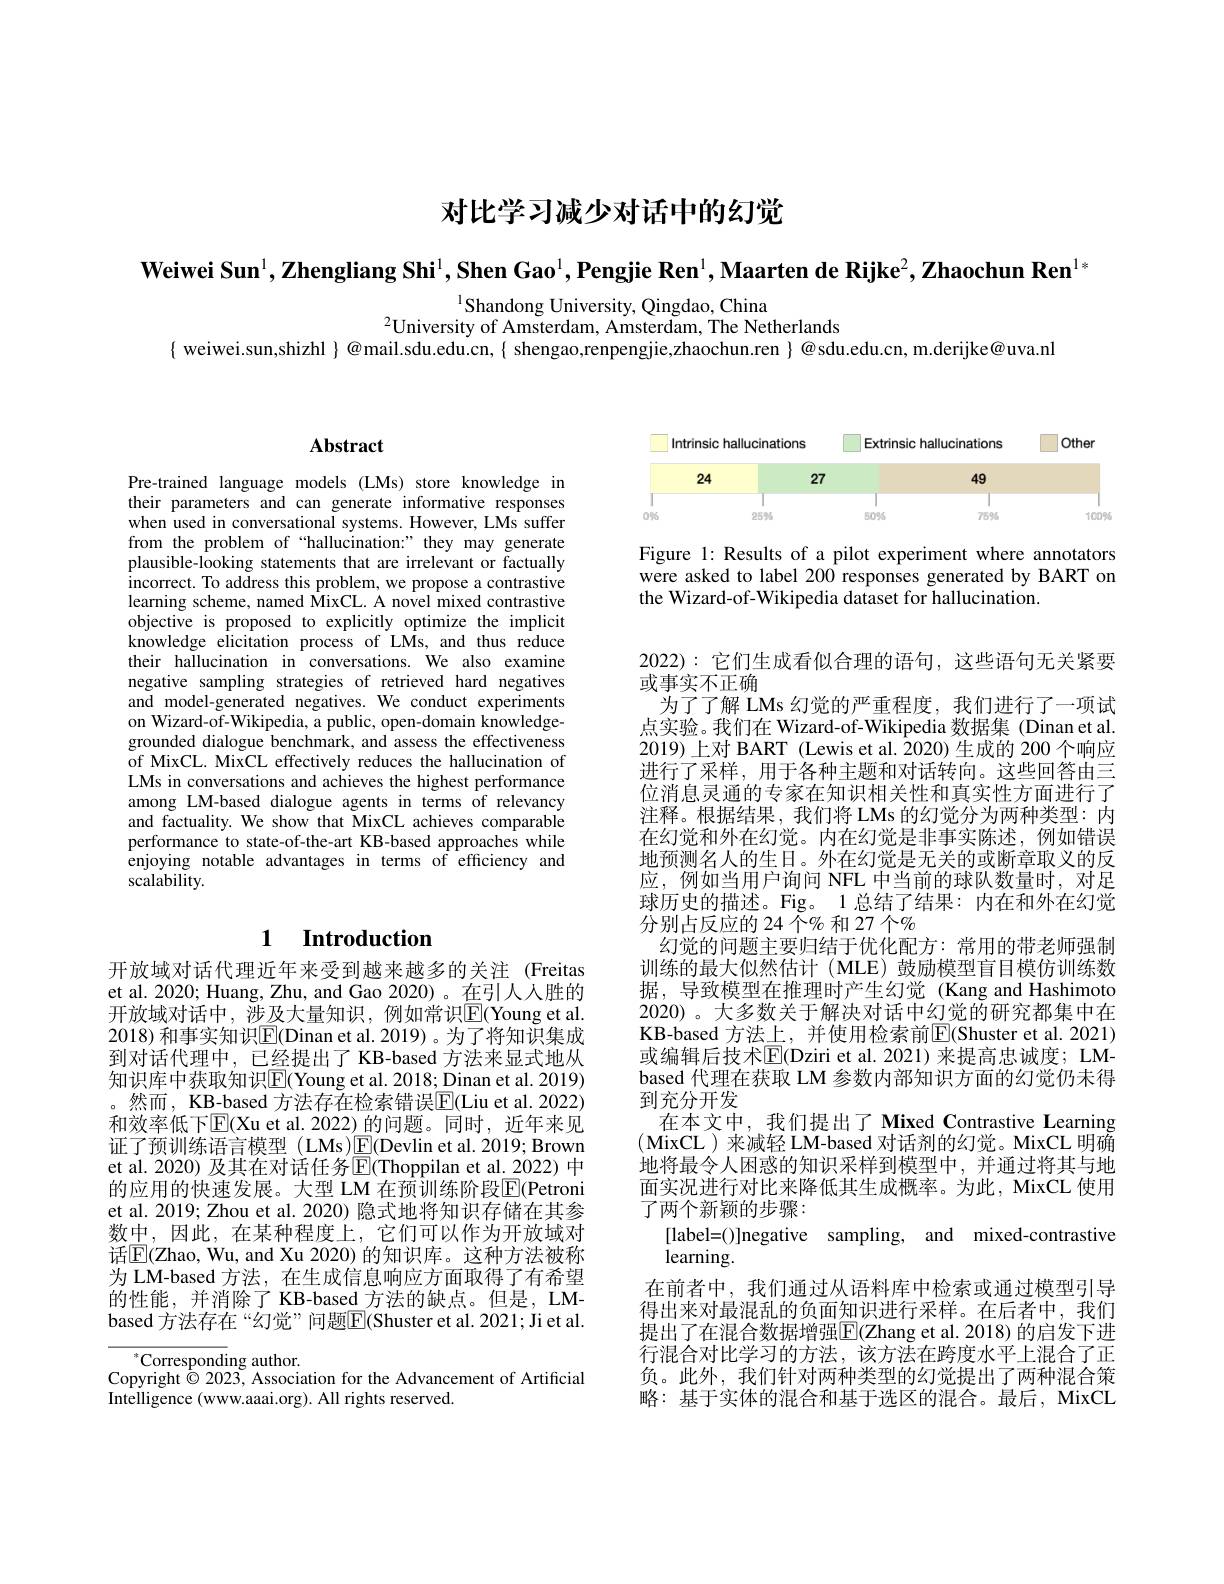
# 对比学习减少对话中的幻觉

Weiwei Sun$^1,\textbf{Zhengliang Shi}^1,\textbf{Shen Gao}^1,\textbf{Pengjie Ren}^1,\textbf{Maarten de Rijke}^2,\textbf{Zhaochun Ren}^{1*}$

$^{1}$Shandong University, Qingdao, China
$^{2}$University of Amsterdam, Amsterdam, The Netherlands
$\{$ weiwei.sun,shizhl $\}@$mail.sdu.edu.cn, $\{$ shengao,renpengjie,zhaochun.ren $\}@$sdu.edu.cn, m.derijke@uva.nl

## Abstract

Pre-trained language models (LMs) store knowledge in their parameters and can generate informative responses when used in conversational systems. However, LMs suffer from the problem of “hallucination:” they may generate plausible-looking statements that are irrelevant or factually incorrect. To address this problem, we propose a contrastive learning scheme, named MixCL. A novel mixed contrastive objective is proposed to explicitly optimize the implicit knowledge elicitation process of LMs, and thus reduce their hallucination in conversations. We also examine negative sampling strategies of retrieved hard negatives and model-generated negatives. We conduct experiments on Wizard-of-Wikipedia, a public, open-domain knowledgegrounded dialogue benchmark, and assess the effectiveness of MixCL. MixCL effectively reduces the hallucination of LMs in conversations and achieves the highest performance among LM-based dialogue agents in terms of relevancy and factuality. We show that MixCL achieves comparable performance to state-of-the-art KB-based approaches while enjoying notable advantages in terms of efficiency and scalability.

# 1 Introduction

开放域对话代理近年来受到越来越多的关注 (Freitas et al. 2020; Huang, Zhu, and Gao 2020)。在引人人胜的开放域对话中，涉及大量知识，例如常识$\mathbb{E}($Young et al 2018) 和事实知识$\boxed{\mathrm{E}}$(Dinan et al. 2019)。为了将知识集成到对话代理中，已经提出了 KB-based 方法来显式地从知识库中获取知识$\boxed{\mathrm{E}}($Young et al. 2018; Dinan et al. 2019) 。然而，KB-based 方法存在检索错误$\boxed{\mathrm{E}}($Liu et al. 2022) 和效率低下$\overline{\mathrm{E}}($Xu et al.2022)的问题。同时，近年来见证了预训练语言模型 (LMs)E(Devlin et al. 2019; Brown et al. 2020) 及其在对话任务$\operatorname{E}($Thoppilan et al. 2022) 中的应用的快速发展。大型 LM 在预训练阶段$\overline{\mathrm{E}}($Petroni et al. 2019; Zhou et al. 2020) 隐式地将知识存储在其参数中，因此，在某种程度上，它们可以作为开放域对话$\overline{\mathrm{E}}($Zhao, Wu, and Xu 2020) 的知识库。这种方法被称为 LM-based 方法，在生成信息响应方面取得了有希望的性能，并消除了 KB-based 方法的缺点。但是，LMbased 方法存在“幻觉”问题$\boxed{\mathrm{F}}($Shuster et al. 2021; Ji et al

$^*{\mathrm{Corresponding~author.}}$
Copyright $\dot{\odot}$ 2023, Association for the Advancement of Artificial
Intelligence (www.aaai.org). All rights reserved.

<FigureHere>

Figure 1: Results of a pilot experiment where annotators were asked to label 200 responses generated by BART on the Wizard-of-Wikipedia dataset for hallucination.

2022):它们生成看似合理的语句，这些语句无关紧要
或事实不正确
为了了解 LMs 幻觉的严重程度，我们进行了一项试点实验。我们在 Wizard-of-Wikipedia 数据集 (Dinan et al. 2019)上对 BART (Lewis et al. 2020) 生成的 200 个响应进行了采样，用于各种主题和对话转向。这些回答由三位消息灵通的专家在知识相关性和真实性方面进行了注释。根据结果，我们将LMs 的幻觉分为两种类型：内在幻觉和外在幻觉。内在幻觉是非事实陈述，例如错误地预测名人的生日。外在幻觉是无关的或断章取义的反应，例如当用户询问 NFL 中当前的球队数量时，对足球历史的描述。Fig。1 总结了结果：内在和外在幻觉分别占反应的 24 个% 和 27 个%
幻觉的问题主要归结于优化配方：常用的带老师强制训练的最大似然估计(MLE)鼓励模型盲目模仿训练数据，导致模型在推理时产生幻觉(Kang and Hashimoto 2020)。大多数关于解决对话中幻觉的研究都集中在KB-based 方法上，并使用检索前$\mathbb{E}($Shuster et al.2021) 或编辑后技术$\mathbb{E}($Dziri et al. 2021)来提高忠诚度；LMbased 代理在获取 LM 参数内部知识方面的幻觉仍未得到充分开发
在本文中，我们提出了 Mixed Contrastive Learning (MixCL )来减轻 LM-based 对话剂的幻觉。MixCL 明确地将最令人困惑的知识采样到模型中，并通过将其与地面实况进行对比来降低其生成概率。为此，MixCL 使用了两个新颖的步骤：
[label=()]negative sampling, and mixed-contrastive
learning.
在前者中，我们通过从语料库中检索或通过模型引导得出来对最混乱的负面知识进行采样。在后者中，我们提出了在混合数据增强$\boxed{\mathrm{F}}($Zhang et al. 2018) 的启发下进行混合对比学习的方法，该方法在跨度水平上混合了正负。此外，我们针对两种类型的幻觉提出了两种混合策略：基于实体的混合和基于选区的混合。最后，MixCL